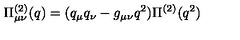
\Pi _ { \mu \nu } ^ { ( 2 ) } ( q ) = ( q _ { \mu } q _ { \nu } - g _ { \mu \nu } q ^ { 2 } ) \Pi ^ { ( 2 ) } ( q ^ { 2 } )